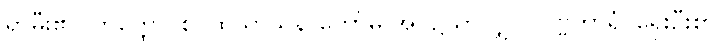
ရှာမှီး၏။ တတ္ထေဝ စ၊ ထိသာသနာတော်မှ အပ၌သာလျှင်။ ပုဗ္ဗကာရံ၊ ရှေးဦးစွာ